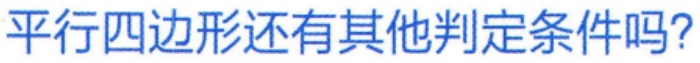
平行四边形还有其他判定条件吗？